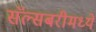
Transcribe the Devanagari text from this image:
सॅल्सबरीमध्ये